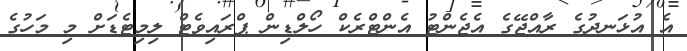
އެ އުޅަނދުގެ ރާއްޖޭގެ އެޖެންޓު އެންޓްރެކް ހޯލްޑިން ޕްރައިވެޓް ލިމިޓެޑަށް މި މަހުގެ